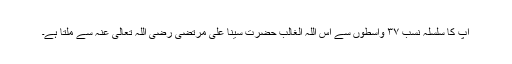
آپ کا سلسلۂ نسب ۳۷ واسطوں سے اس اللہ الغالب حضرت سینا علی مرتضیٰ رضی اللہ تعالیٰ عنہ سے ملتا ہے۔